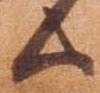
候